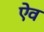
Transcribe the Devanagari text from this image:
ऐव